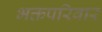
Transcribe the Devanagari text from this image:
भक्तपरिवार